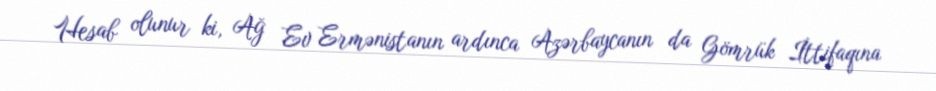
Hesab olunur ki, Ağ Ev Ermənistanın ardınca Azərbaycanın da Gömrük İttifaqına